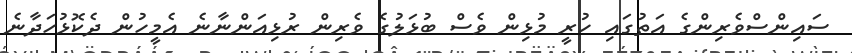
ސައިންސްވެރިންގެ އަތުގައި ހުރީ މުޅިން ވެސް ބުޅަލުގެ ވެރިން ރުޅިއަންނާނެ އެމީހުން ދެކޮޅުހަދާނެ